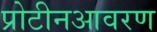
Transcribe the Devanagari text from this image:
प्रोटीनआवरण